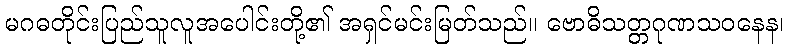
မဂဓတိုင်းပြည်သူလူအပေါင်းတို့၏ အရှင်မင်းမြတ်သည်။ ဗောဓိသတ္တဂုဏသဝနေန၊